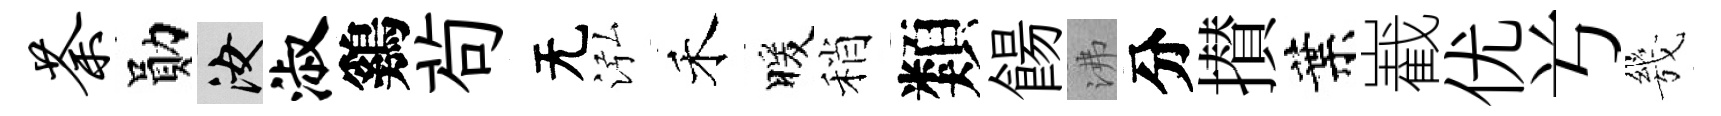
荼勛汝淑鷄茍无泓禾暖稍類餳沸分攅葉嶻优𠔃㡬